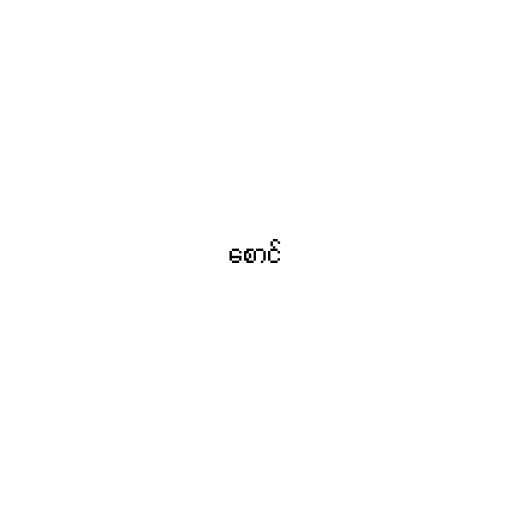
စောင်